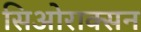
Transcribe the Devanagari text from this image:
सिओराक्सन